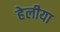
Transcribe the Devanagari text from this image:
हेलीया